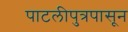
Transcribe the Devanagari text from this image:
पाटलीपुत्रपासून